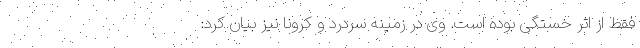
فقط از اثر خستگی بوده است. وی در زمینهٔ سردرد و کرونا نیز بیان کرد: